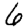
Digit: 6